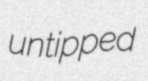
untipped